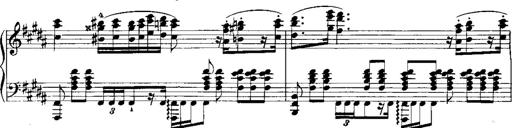
Title: RÃ©miniscences de Norma de Bellini
Composer: Franz Liszt